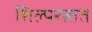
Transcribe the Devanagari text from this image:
शिल्परत्नात